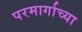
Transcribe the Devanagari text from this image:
परमार्गाच्या